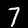
Label: 7